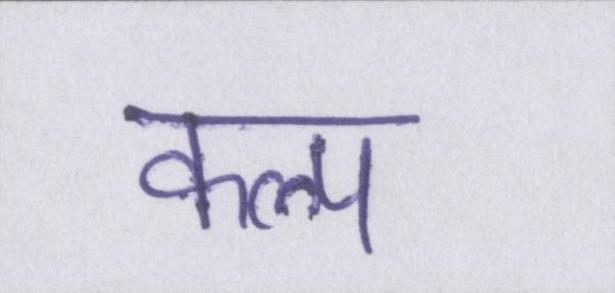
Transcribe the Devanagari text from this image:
कल्प